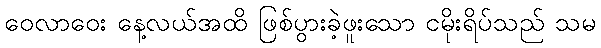
ဝေလာဝေး နေ့လယ်အထိ ဖြစ်ပွားခဲ့ဖူးသော ငမိုးရိပ်သည် သမ